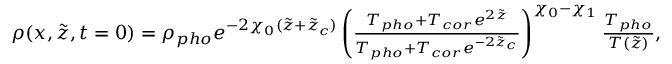
\begin{array} { r } { \rho ( x , \tilde { z } , t = 0 ) = \rho _ { p h o } e ^ { - 2 \chi _ { 0 } ( \tilde { z } + \tilde { z } _ { c } ) } \left( \frac { T _ { p h o } + T _ { c o r } e ^ { 2 \tilde { z } } } { T _ { p h o } + T _ { c o r } e ^ { - 2 \tilde { z } _ { c } } } \right) ^ { \chi _ { 0 } - \chi _ { 1 } } \frac { T _ { p h o } } { T ( \tilde { z } ) } , } \end{array}